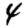
Digit: 4